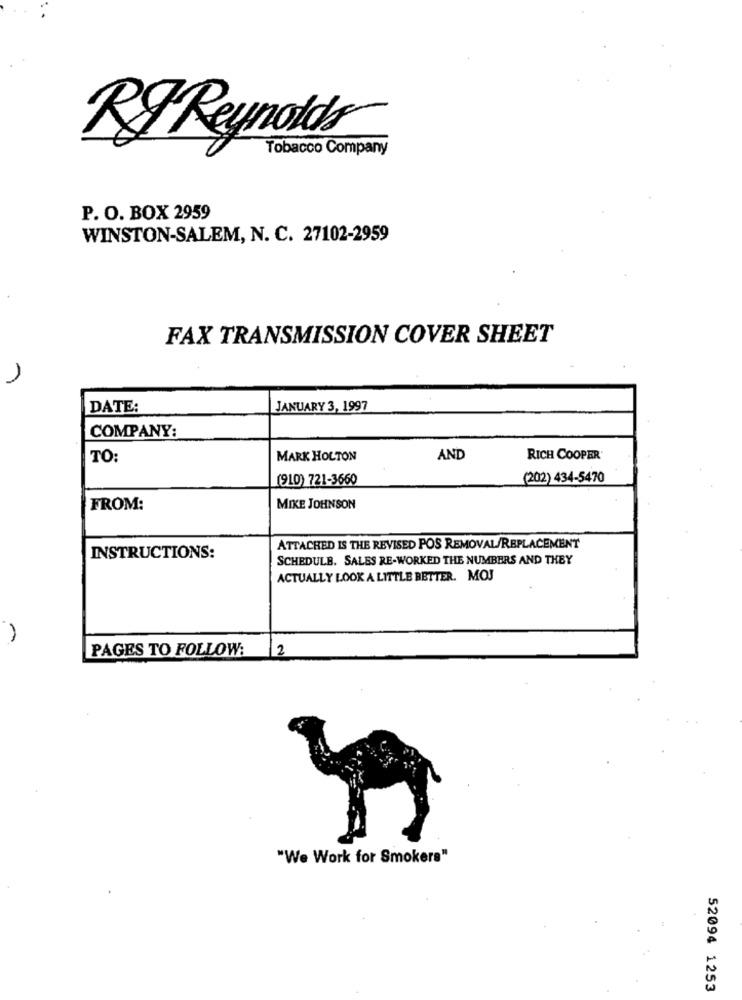
RF Reynolds
Tobacco Company
P. O. BOX 2959
WINSTON-SALEM, N. C. 27102-2959
FAX TRANSMISSION COVER SHEET
DATE:
JANUARY 3, 1997
COMPANY:
TO:
MARK HOLTON
AND
RICH COOPER
(910) 721-3660
(202) 434-5470
FROM:
MIKE JOHNSON
ATTACHED IS THE REVISED POS REMOVAL/REPLACEMENT
INSTRUCTIONS:
SCHEDULE. SALES RE-WORKED THE NUMBERS AND THEY
ACTUALLY LOOK A LITTLE BETTER. MOJ
PAGES TO FOLLOW:
2
"We Work for Smokers"
52094 1253